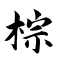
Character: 棕